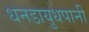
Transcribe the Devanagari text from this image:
धनडायुधपानी